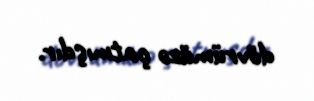
dövrümüzə çatmışdır.